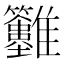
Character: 𩁲